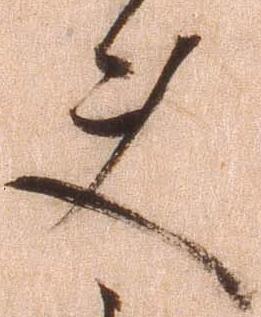
使